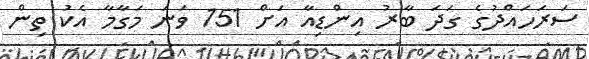
ސަރަހައްދުގެ ގަދަ ބާރު އިންޑިއާ އަށް 151 ވަނަ މަގާމާ އެކު ތިން